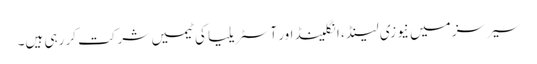
سیرسز میں نیوزی لینڈ ، انگلینڈ اور آسٹریلیا کی ٹیمیں شرکت کر رہی ہیں۔